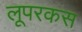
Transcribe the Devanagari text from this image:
लूपरकस